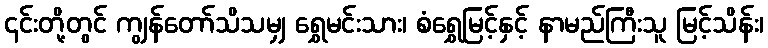
၎င်းတို့တွင် ကျွန်တော်သိသမျှ ရွှေမင်းသား၊ စံရွှေမြင့်နှင့် နာမည်ကြီးသူ မြင့်သိန်း၊